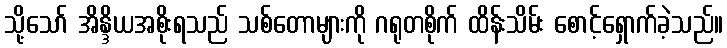
သို့သော် အိန္ဒိယအစိုးရသည် သစ်တောများကို ဂရုတစိုက် ထိန်းသိမ်း စောင့်ရှောက်ခဲ့သည်။